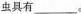
虫具有___。